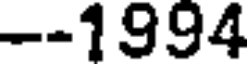
--1994